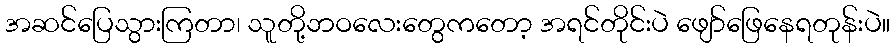
အဆင်ပြေသွားကြတာ၊ သူတို့ဘဝလေးတွေကတော့ အရင်တိုင်းပဲ ဖျော်ဖြေနေရတုန်းပဲ။